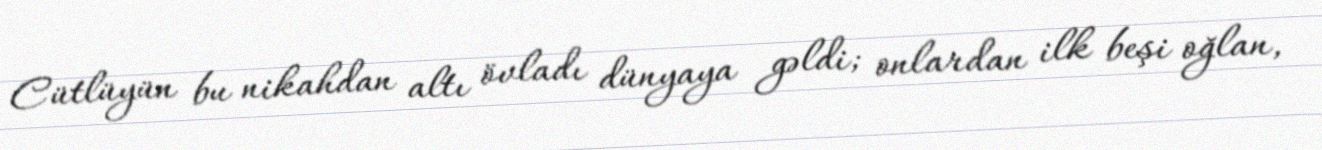
Cütlüyün bu nikahdan altı övladı dünyaya gəldi; onlardan ilk beşi oğlan,